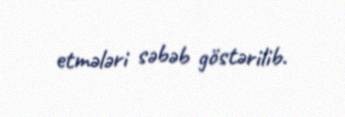
etmələri səbəb göstərilib.